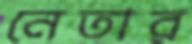
নেতার